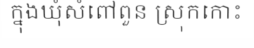
ក្នុងឃុំសំពៅពួន ស្រុកកោះ